Lunatic asylums in Bengal annual reports 1912-1924 - 1912-1924
Year: 1912
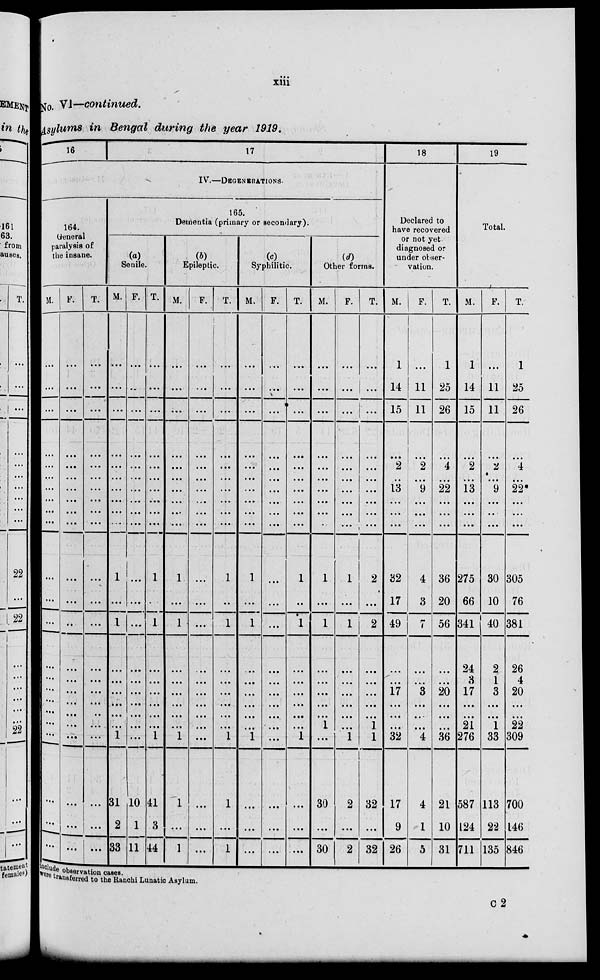
xiii
No. VI—continued.
Asylums in Bengal during the year 1919.
16
17
IV.—DEGENERATIONS.
164.
General
paralysis of
the insane.
M.
...
...
...
...
...
...
...
...
...
...
...
...
...
...
...
...
...
...
...
...
...
...
...
F.
...
...
...
...
...
...
...
...
...
...
...
...
...
...
...
...
...
...
...
...
...
...
...
T.
...
...
...
...
...
...
...
...
...
...
...
...
...
...
...
...
...
...
...
....
...
...
...
165.
Dementia (primary or secondary).
(a)
Senile.
M.
...
...
...
...
...
...
...
...
...
....
1
...
1
...
...
...
...
...
...
1
31
2
33
F.
...
...
...
...
...
...
...
...
...
...
...
...
...
...
...
...
...
...
...
...
10
1
11
T.
...
...
...
...
...
...
...
...
...
...
1
...
1
...
...
...
...
...
...
1
41
3
44
(b)
Epileptic.
M.
...
...
...
...
...
...
...
...
...
...
1
...
1
...
...
...
...
...
...
1
1
...
1
F.
...
...
...
...
...
...
...
...
...
...
...
...
...
...
...
...
...
...
...
...
...
...
...
T.
...
...
...
...
...
...
...
...
...
...
1
...
1
...
...
...
...
...
...
1
1
...
1
(c)
Syphilitic.
M.
...
...
...
...
...
...
...
...
...
...
1
...
1
...
...
...
...
...
...
1
...
...
...
F.
...
...
...
...
...
...
...
...
...
...
...
...
...
...
...
...
...
...
...
...
...
...
...
T.
...
...
...
...
...
...
...
...
...
...
1
...
1
...
...
...
...
...
...
1
...
...
...
(d)
Other forms.
M.
...
...
...
...
...
...
...
...
...
...
1
...
1
...
...
...
...
...
1
...
30
...
30
F.
...
...
...
...
...
...
...
...
...
...
1
...
1
...
...
...
...
...
...
1
2
...
2
T.
...
...
...
...
...
...
...
...
...
...
2
...
2
...
...
...
...
...
1
1
32
...
32
18
Declared to
have recovered
or not yet
diagnosed or
under obser-
vation.
M.
1
14
15
...
2
...
13
...
...
...
32
17
49
...
...
17
...
...
...
32
17
9
26
F.
...
11
11
...
2
...
9
...
...
...
4
3
7
...
...
3
...
...
...
4
4
1
5
T.
1
25
26
...
4
...
22
...
...
...
36
20
56
...
...
20
...
...
...
36
21
10
31
19
Total.
M.
1
14
15
...
2
...
13
...
...
...
275
66
341
24
3
17
...
...
21
276
587
124
711
F.
...
11
11
...
2
...
9
...
...
...
30
10
40
2
1
3
...
...
1
33
113
22
135
T.
1
25
26
...
4
...
22
...
...
...
305
76
381
26
4
20
...
...
22
309
700
146
846
include observation cases.
were transferred to the Ranchi Lunatic Asylum.
C2